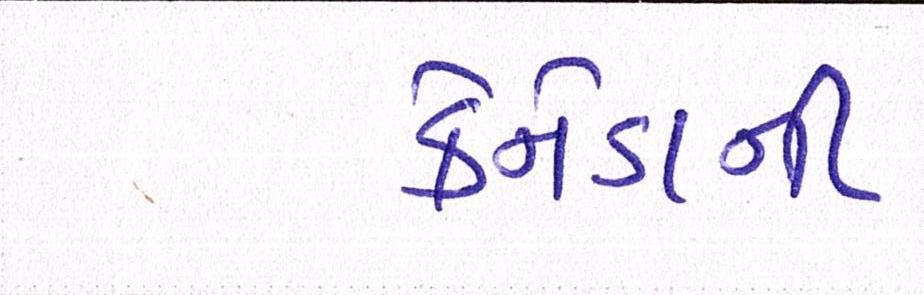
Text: કેનેડાની